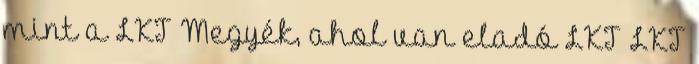
mint a LKT Megyék, ahol van eladó LKT LKT